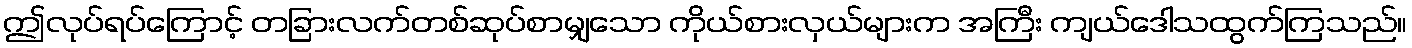
ဤလုပ်ရပ်ကြောင့် တခြားလက်တစ်ဆုပ်စာမျှသော ကိုယ်စားလှယ်များက အကြီး ကျယ်ဒေါသထွက်ကြသည်။